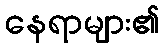
နေရာများ၏